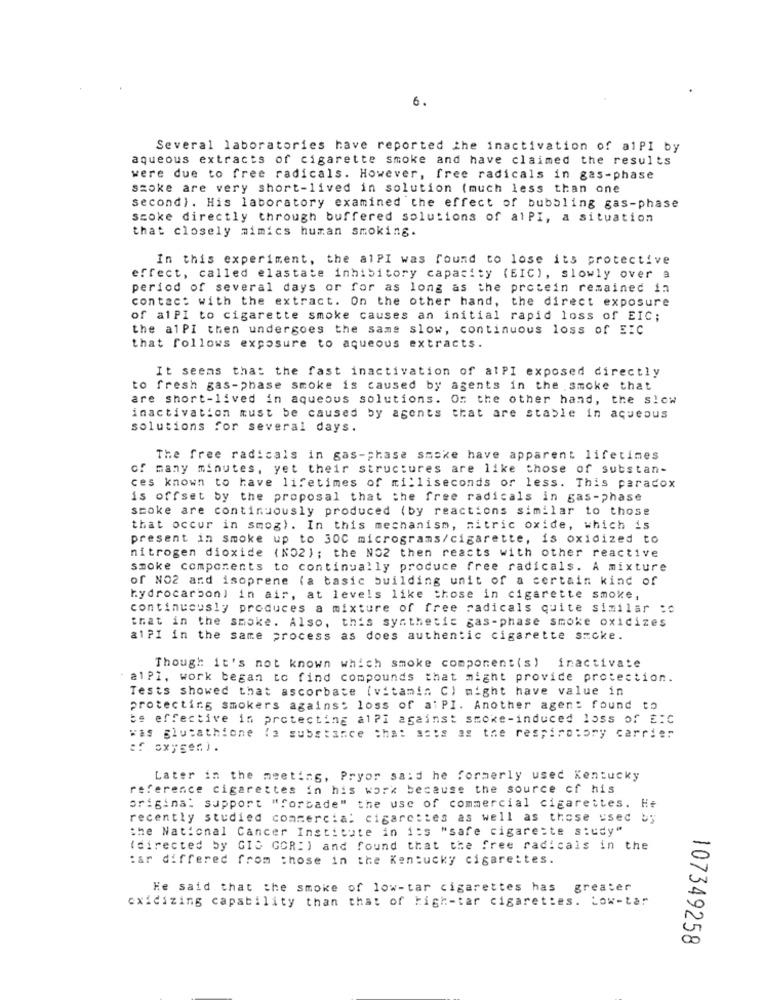
6.
Several laboratories have reported the inactivation of alPI by
aqueous extracts of cigarette smoke and have claimed the results
were due to free radicals. However, free radicals in gas-phase
szoke are very short-lived in solution (much less than one
second). His laboratory examined the effect of bubbling gas-phase
scoke directly through buffered solutions of alPI, a situation
that closely mimics human smoking.
In this experiment, the alPI was found to lose its protective
effect, called elastate inhibitory capacity (EIC), slowly over a
period of several days or for as long as the protein remained in
contact with the extract. On the other hand, the direct exposure
of alPI to cigarette smoke causes an initial rapid loss of EIC;
the alPI then undergoes the same slow, continuous loss of EIC
that follows exposure to aqueous extracts.
It seems that the fast inactivation of alPI exposed directly
to fresh gas-phase smoke is caused by agents in the smoke that
are short-lived in aqueous solutions. On the other hand, the slow
inactivation must be caused by agents that are stable in aqueous
solutions for several days.
The free radicals in gas-phase smoke have apparent lifetimes
of many minutes, yet their structures are like those of substan-
ces known to have lifetimes of milliseconds or less. This paradox
is offset by the proposal that the free radicals in gas-phase
smoke are continuously produced (by reactions similar to those
that occur in smog). In this mechanism, nitric oxide, which is
present in smoke up to 300 micrograms/cigarette, is oxidized to
nitrogen dioxide (NO2); the NO2 then reacts with other reactive
smoke components to continually produce free radicals. A mixture
of NO2 and isoprene (a basic building unit of a certain kind of
hydrocarbon] in air, at levels like those in cigarette smoke,
continuously produces a mixture of free radicals quite similar :c
that in the smoke. Also, this synthetic gas-phase smoke oxidizes
alPI in the same process as does authentic cigarette smoke.
Though it's not known which smoke component(s) inactivate
alPi, work began to find compounds that might provide protection.
Tests showed that ascorbate (vitamin C) might have value in
protecting smokers agains: loss of alPI. Another agent found to
be effective in protecting al?i against smoke-induced loss of EIC
was glutathione (a substance that sets as the respiratory carrier
of oxygen) .
Later in the meeting, Pryor said he formerly used Kentucky
reference cigarettes in his work because the source of his
original support "forbade" the use of commercial cigarettes. He
recently studied commercial cigarettes as well as those used by
the National Cancer Institute in its "safe cigarette study"
(directed by GIG GOR:) and found that the free radicals in the
: ar differed from those in the Kentucky cigarettes.
He said that the smoke of low-tar cigarettes has
greater
oxidizing capability than that of high-tar cigarettes. Low-tar
107349258